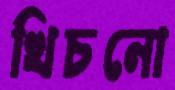
খিচনো